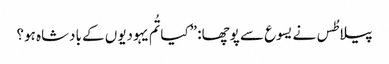
‏ پیلاطُس نے یسوع سے پوچھا:‏ ”‏کیا تُم یہودیوں کے بادشاہ ہو؟